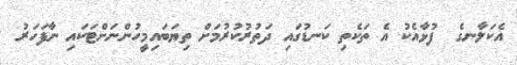
އެކަލާނގެ  ފުޅާއެކު އެ ތަކެތި ކަނޑުގައި ދަތުރުކުރުމަށް ތިޔަބައިމީހުންނަށްޓަކައި ނާފަހަރު